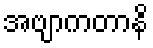
အဗျာကတာနိ